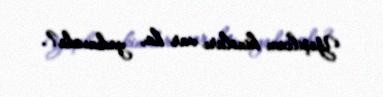
Yeşilcam kinoları var ha, yadınızda?.